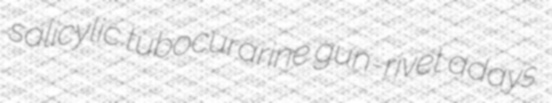
salicylic tubocurarine gun-rivet adays